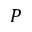
P